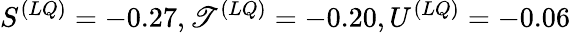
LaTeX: S^{(LQ)}=-0.27,\mathscr{T}^{(LQ)}=-0.20,U^{(LQ)}=-0.06